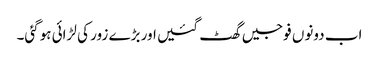
اب دونوں فوجیں گھٹ گئیں اور بڑے زور کی لڑائی ہوگئی۔